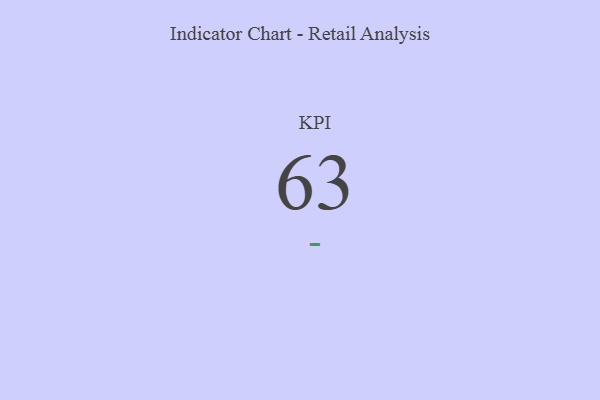
{"axis": {"x": "KPI", "y": "Value"}, "legend": [""], "data": [{"x": "KPI", "y": 63, "type": ""}]}